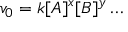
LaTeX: v _ { 0 } = k [ A ] ^ { x } [ B ] ^ { y } \ldots